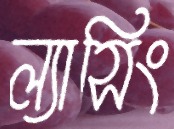
ল্যাসিং